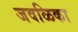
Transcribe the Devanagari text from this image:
जवळिका